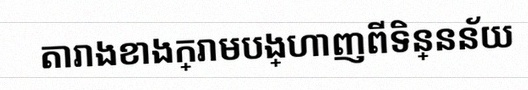
តារាងខាងក្រោមបង្ហាញពីទិន្នន័យ